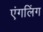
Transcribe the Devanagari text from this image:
एंगलिंग